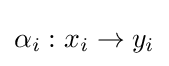
\alpha _{i}:x_{i}\to y_{i}